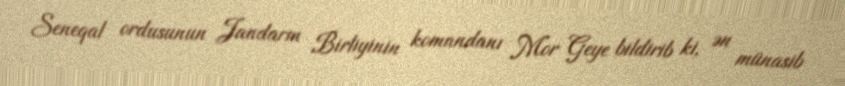
Seneqal ordusunun Jandarm Birliyinin komandanı Mor Geye bildirib ki, ən münasib